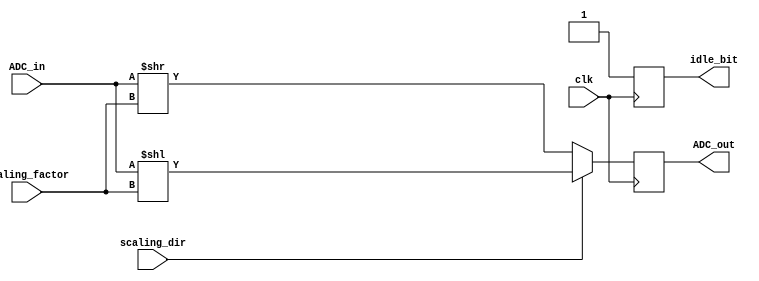
`timescale 1ns / 1ps
//////////////////////////////////////////////////////////////////////////////////
// Company: 
// Engineer: 
// 
// Design Name: 
// Module Name: Scale_module
// Project Name: 
// Target Devices: 
// Tool Versions: 
// Description: 
// 
// Dependencies: 
// 
// Revision:
// Revision 0.01 - File Created
// Additional Comments:
// 
//////////////////////////////////////////////////////////////////////////////////


module Scale_module(
    input [15:0] ADC_in, // assume 12-bit ADC is used but 16-bit input is used for placeholder
    input [3:0] scaling_factor, // 4-bit (16) times amplification or attenuation
    input scaling_dir,
    input clk,
    
    output [15:0] ADC_out,
    output idle_bit
    );

reg [15:0] adc_val;
assign ADC_out = adc_val;

reg idle;
assign idle_bit = idle;
    
always @ (posedge clk)
begin
    idle = 0;
    
    adc_val = (scaling_dir == 1) ? ADC_in << scaling_factor : ADC_in >> scaling_factor;
    
    idle = 1;
end
endmodule